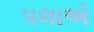
પલાએ